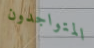
المتواجدون